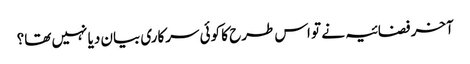
آخر فضائیہ نے تو اس طرح کا کوئی سرکاری بیان دیا نہیں تھا؟